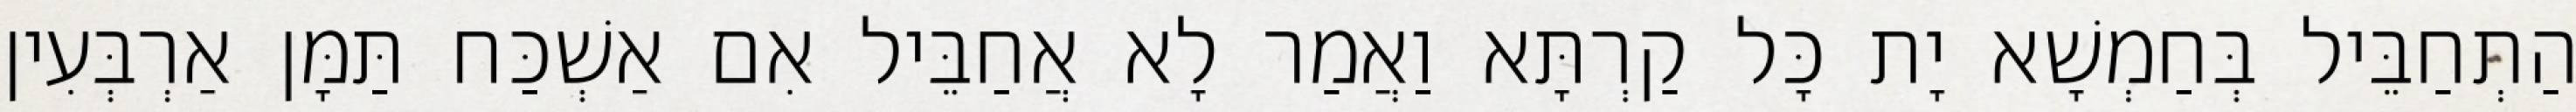
הַתְחַבֵּיל בְּחַמְשָׁא יָת כָּל קַרְתָּא וַאֲמַר לָא אֲחַבֵּיל אִם אַשְׁכַּח תַּמָּן אַרְבְּעִין